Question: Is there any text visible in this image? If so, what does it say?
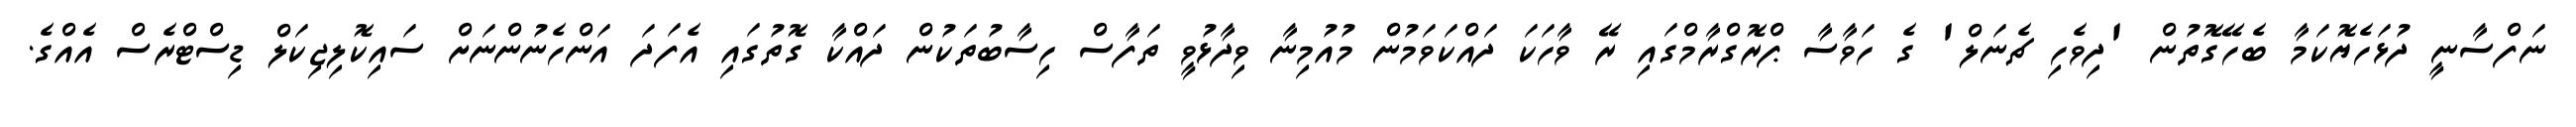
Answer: ނަފްސާނީ ދުޅަހެޔޮކަމާ ބެހޭގޮތުން 'ދިވެހި ޗެނަލް' ގެ ހަވާސާ ޕްރޮގްރާމްގައި ރޭ ވާހަކަ ދައްކަވަމުން މުއުމިނާ ވިދާޅުވީ ތަފާސް ހިސާބުތަކުން ދައްކާ ގޮތުގައި އެފަދަ އަންހެނުންނަށް ސައިކޮލިޖިކަލް ޑިސްޓްރެސް އެއްގެ.